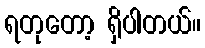
ရတုတော့ ရှိပါတယ်။